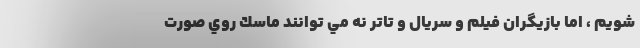
شويم ، اما بازيگران فيلم و سريال و تاتر نه مي توانند ماسك روي صورت